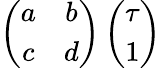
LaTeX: \left(\begin{array}{cc}{{a}}&{{b}}\\ {{c}}&{{d}}\end{array}\right)\left(\begin{array}{c}{{\tau}}\\ {{1}}\end{array}\right)